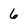
Character: 6